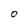
Character: O